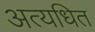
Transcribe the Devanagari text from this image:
अत्यधित